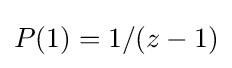
P(1)=1/(z-1)